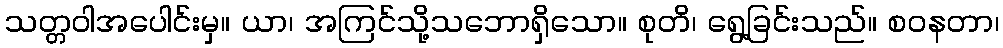
သတ္တဝါအပေါင်းမှ။ ယာ၊ အကြင်သို့သဘောရှိသော။ စုတိ၊ ရွေ့ခြင်းသည်။ စဝနတာ၊